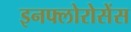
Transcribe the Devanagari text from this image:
इनफ्लोरोसेंस